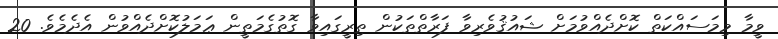
ވީމާ މިމަސައްކަތް ކޮށްދެއްވުމަށް ޝައުޤުވެރިވާ ފަރާތްތަކުން ތިރީގައިވާ ގޮތުގެމަތީން ޢަމަލުކޮށްދެއްވުން އެދެމެވެ. 20